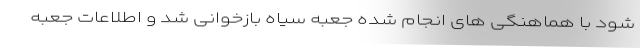
شود با هماهنگی های انجام شده جعبه سیاه بازخوانی شد و اطلاعات جعبه